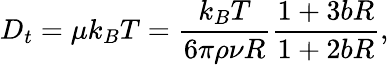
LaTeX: D_{t}=\mu k_{B}T=\frac{k_{B}T}{6\pi\rho\nu R}\frac{1+3bR}{1+2bR},